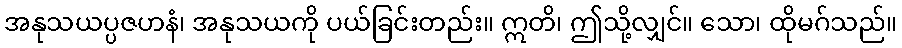
အနုသယပ္ပဇဟနံ၊ အနုသယကို ပယ်ခြင်းတည်း။ ဣတိ၊ ဤသို့လျှင်။ သော၊ ထိုမဂ်သည်။